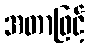
အတာဖြင့်